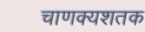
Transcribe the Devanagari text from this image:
चाणक्यशतक